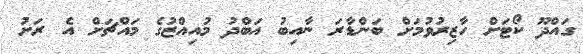
ގައްދޫ ކޯޓަށް ހާޒިރުވުމަށް ބަންޑާރަ ނާއިބު އަބްދު މުއިއްޒުގެ މައްޗަށް އެ ރަށު